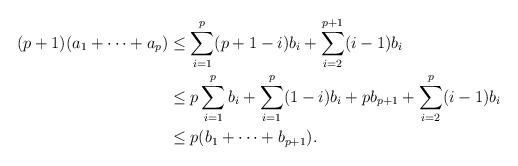
LaTeX: \begin{align*}(p+1) (a_1+\dotsb+ a_p) &\leq \sum_{i=1}^{p} (p+1 - i) b_i + \sum_{i=2}^{p+1} (i-1) b_{i} \\ &\leq p \sum_{i=1}^{p}b_i + \sum_{i=1}^{p} (1 - i) b_i + p b_{p+1} + \sum_{i=2}^{p} (i-1) b_{i} \\ &\leq p (b_1 + \dotsb + b_{p+1}).\end{align*}